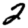
Digit: 2